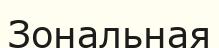
Зональная